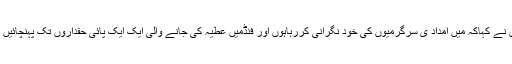
انہوں نے کہاکہ میں امداد ی سرگرمیوں کی خود نگرانی کررہاہوں اور فنڈمیں عطیہ کی جانے والی ایک ایک پائی حقداروں تک پہنچائیں گے۔